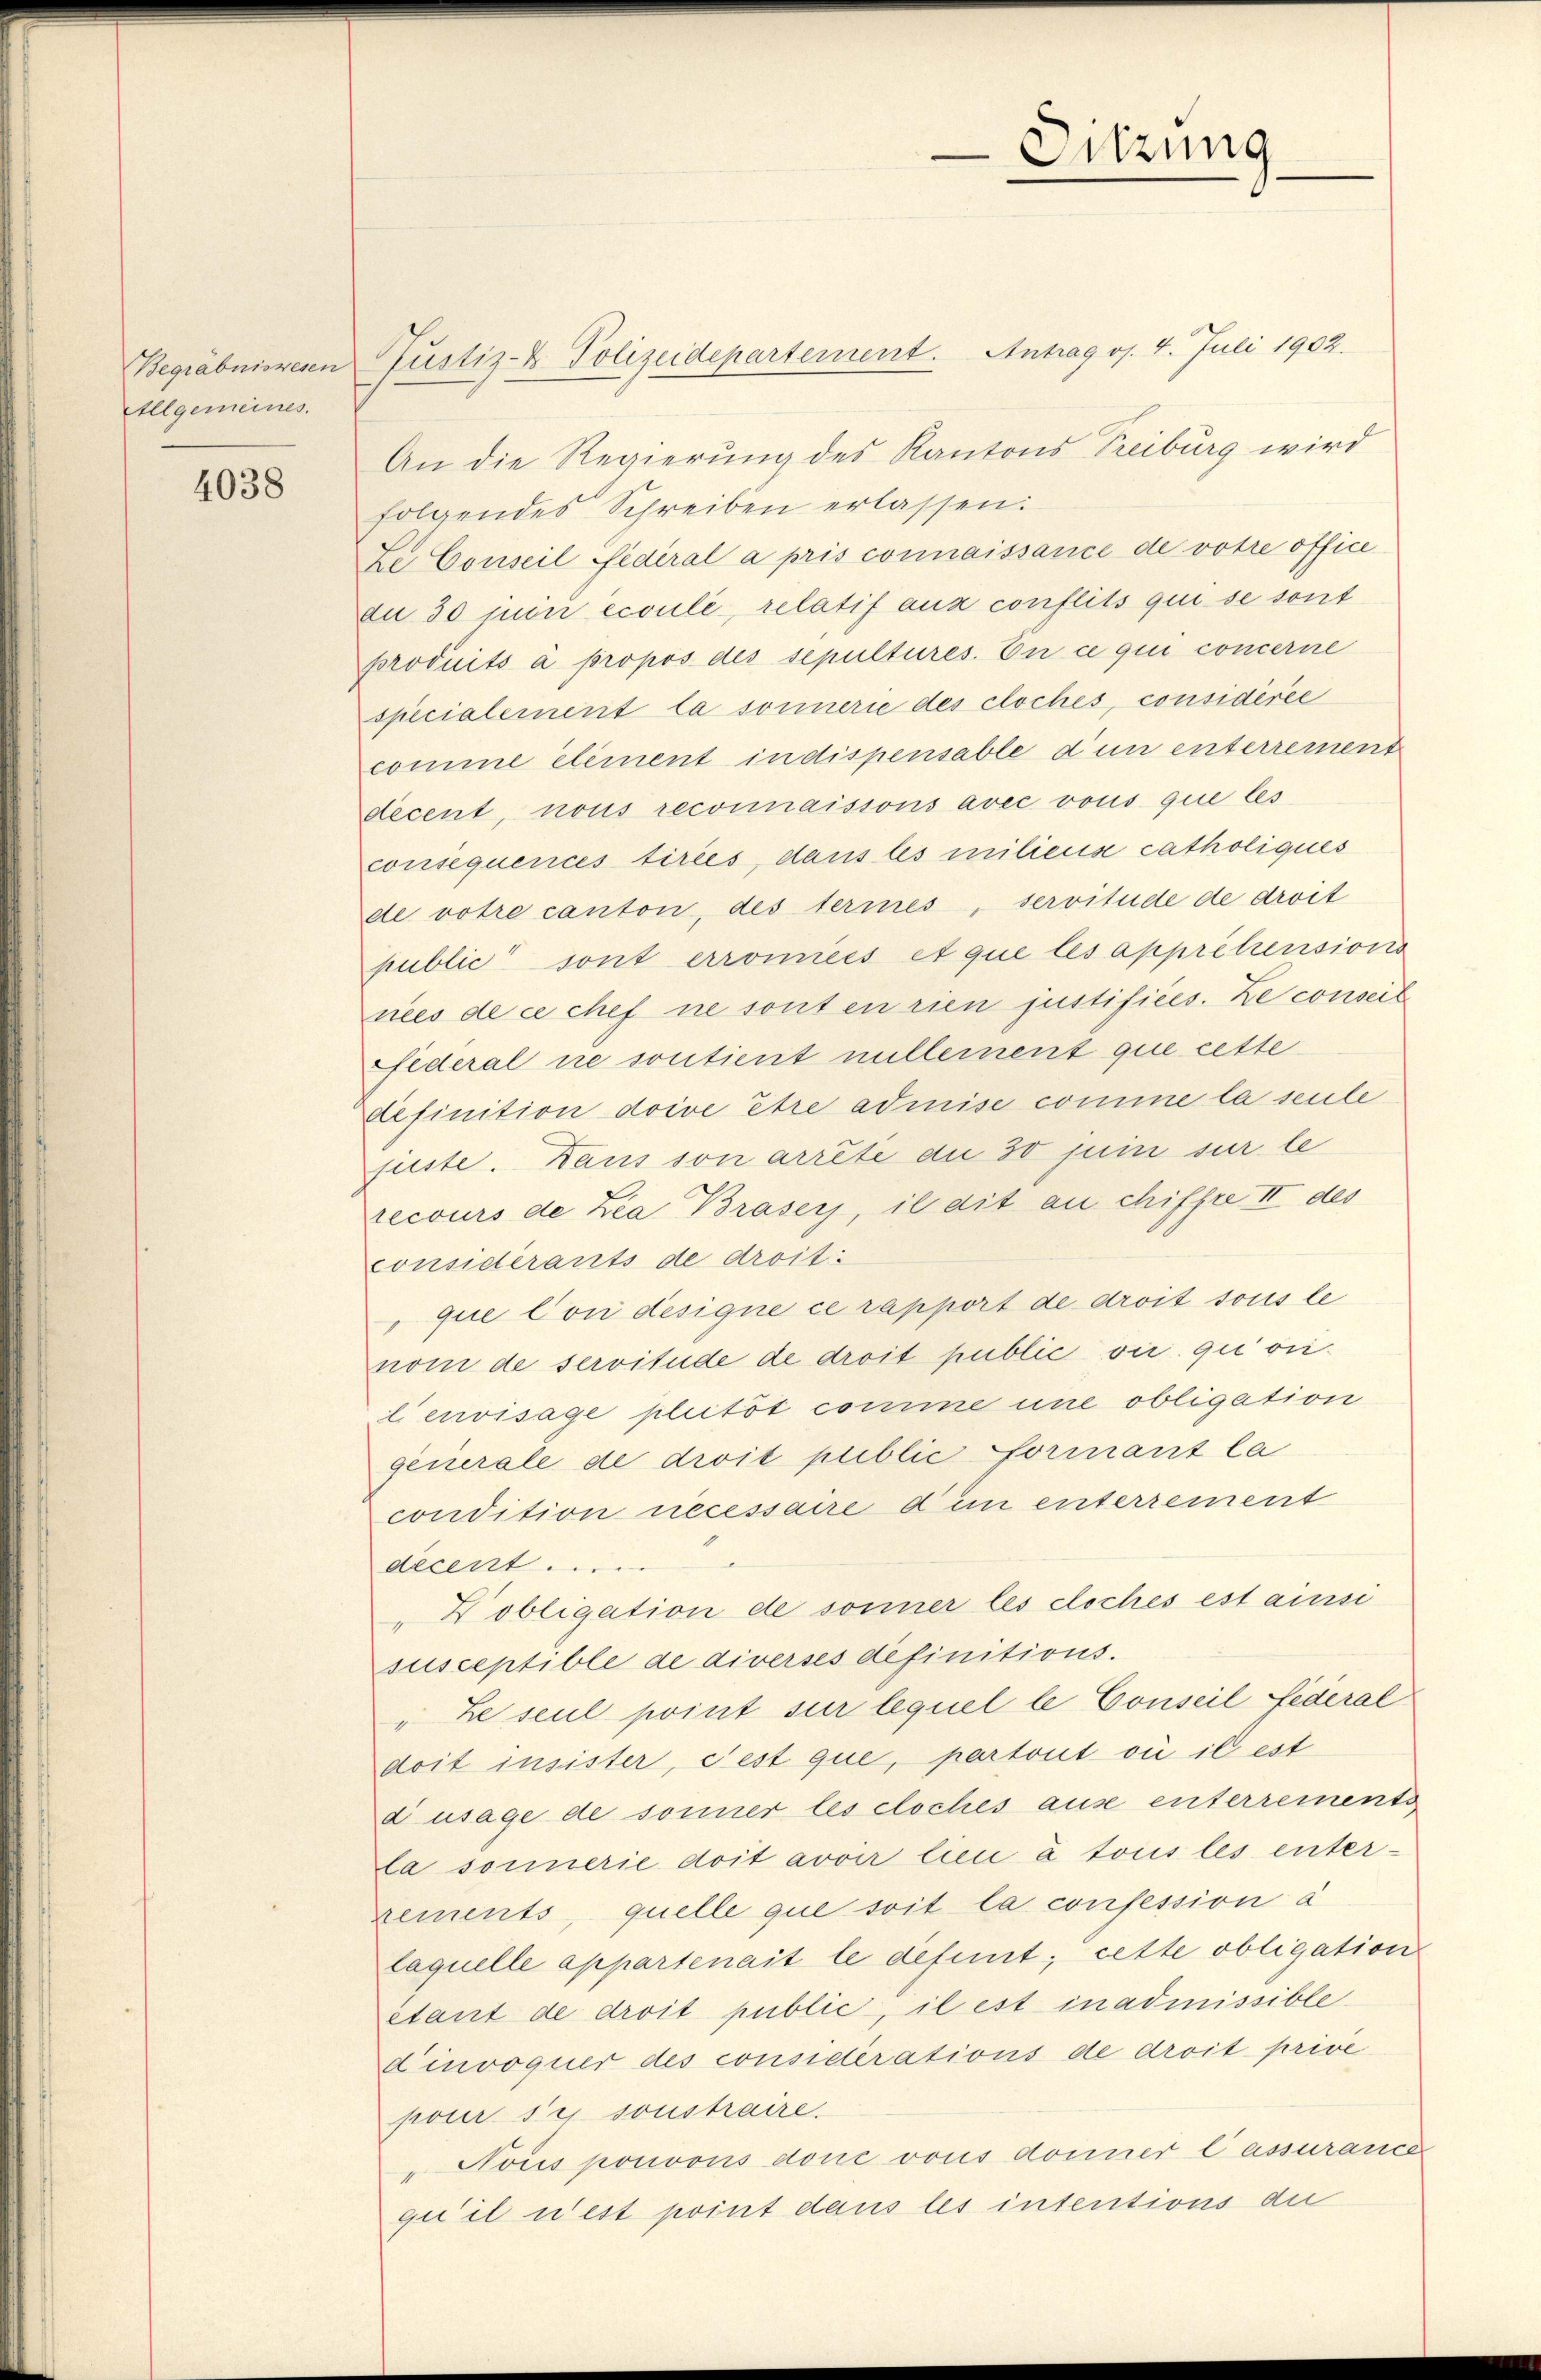
Allgemeines.

4038

An die Regierung des Kantons Treiburg wird
folgendes Schreiben erlassen:
Ze Conseil fédéral a pris connaissance de votre office
du 30 juin écoulé, relatif aux conflits qui se sont
produits à propos des sepultures. En ce qui concerne
specialement la sonnerie des cloches, considérée
comme element in dispensable d’un interrement
decent, nous reconnaissons avec vous que les
consequences tirées, dans les miliens catholiques
de votre canton, des termes, servitude de droit
public sont erromiees et que les apprétensions
nees de ce chef ne sonten rien justifices. Le conseil
federal ne sontient nullernent que cette
definition doive être admise comme la seule
füste. Dans son arrête die 30 juin sur le
ecours de Zea Braser, il dit au chiffre II des
considérants de droit
que Con designe ce rapport de droit sous le
nom de servitude de droit public vir qui onil envisage pluitöt comme une obligation
generale de droit public formant la
condition necessaire dum interrement
decent .....
" obligation de sonner les cloches est ainsi
susceptible de diverses definitions.
" ze seul point sur lequel le Conseil Federal
doit insister, Fest que, partout où il est
dusage de sonner les cloches ause enterrements
la sonnerie doit avoir lieu à tous les enterxements, quelle que soit la consession à
laquelle appartenait le defint, cette obligation
etant de droit public, il est inadmissible
dinvoquer des considerations de droit privé
pour ses sonstraire.
" Nous pouvons done vous doner lassurance
qu’il n’est point dans les intentions de

Begräbnisresen Justiz- & Polizeidepartement. Antrag os. 4. Juli 1902.

Sitzung